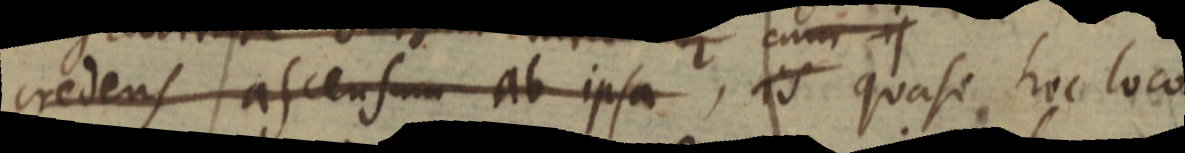
credens ascensum ab ipsa, is quasi hoc loco